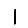
Digit: 1